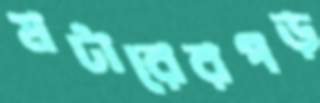
মটারেরপড়